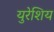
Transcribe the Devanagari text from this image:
युरेशिय